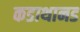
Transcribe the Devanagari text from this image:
कडाथानड